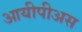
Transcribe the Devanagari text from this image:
आयीपीअस